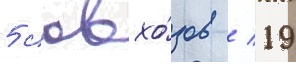
5 совхо́зов / 19